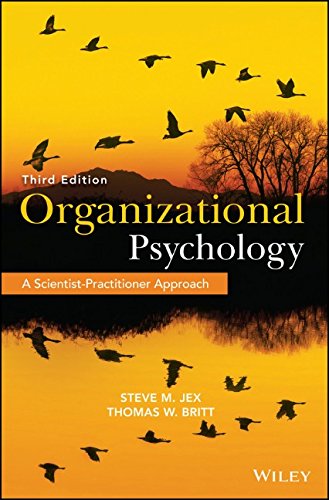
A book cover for Organizational Psychology: A Scientist-Practitioner Approach; Steve M. Jex; Medical Books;